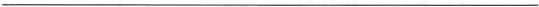
___